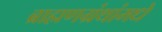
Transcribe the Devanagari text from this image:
ब्राह्मणग्रंथांमधे